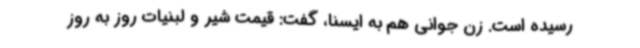
رسیده است. زن جوانی هم به ایسنا، گفت: قیمت شیر و لبنیات روز به روز